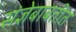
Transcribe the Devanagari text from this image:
संज्ञेबाबतीत